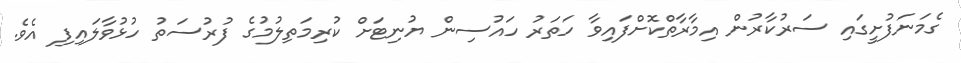
ގެމަނަފުށީގައި ސަރުކާރުން އިމާރާތްކޮށްފައިވާ ހަތަރު ހައުސިން ޔުނިޓަށް ކުރިމަތިލުމުގެ ފުރުސަތު ހުޅުވާލައިފި އެވެ.